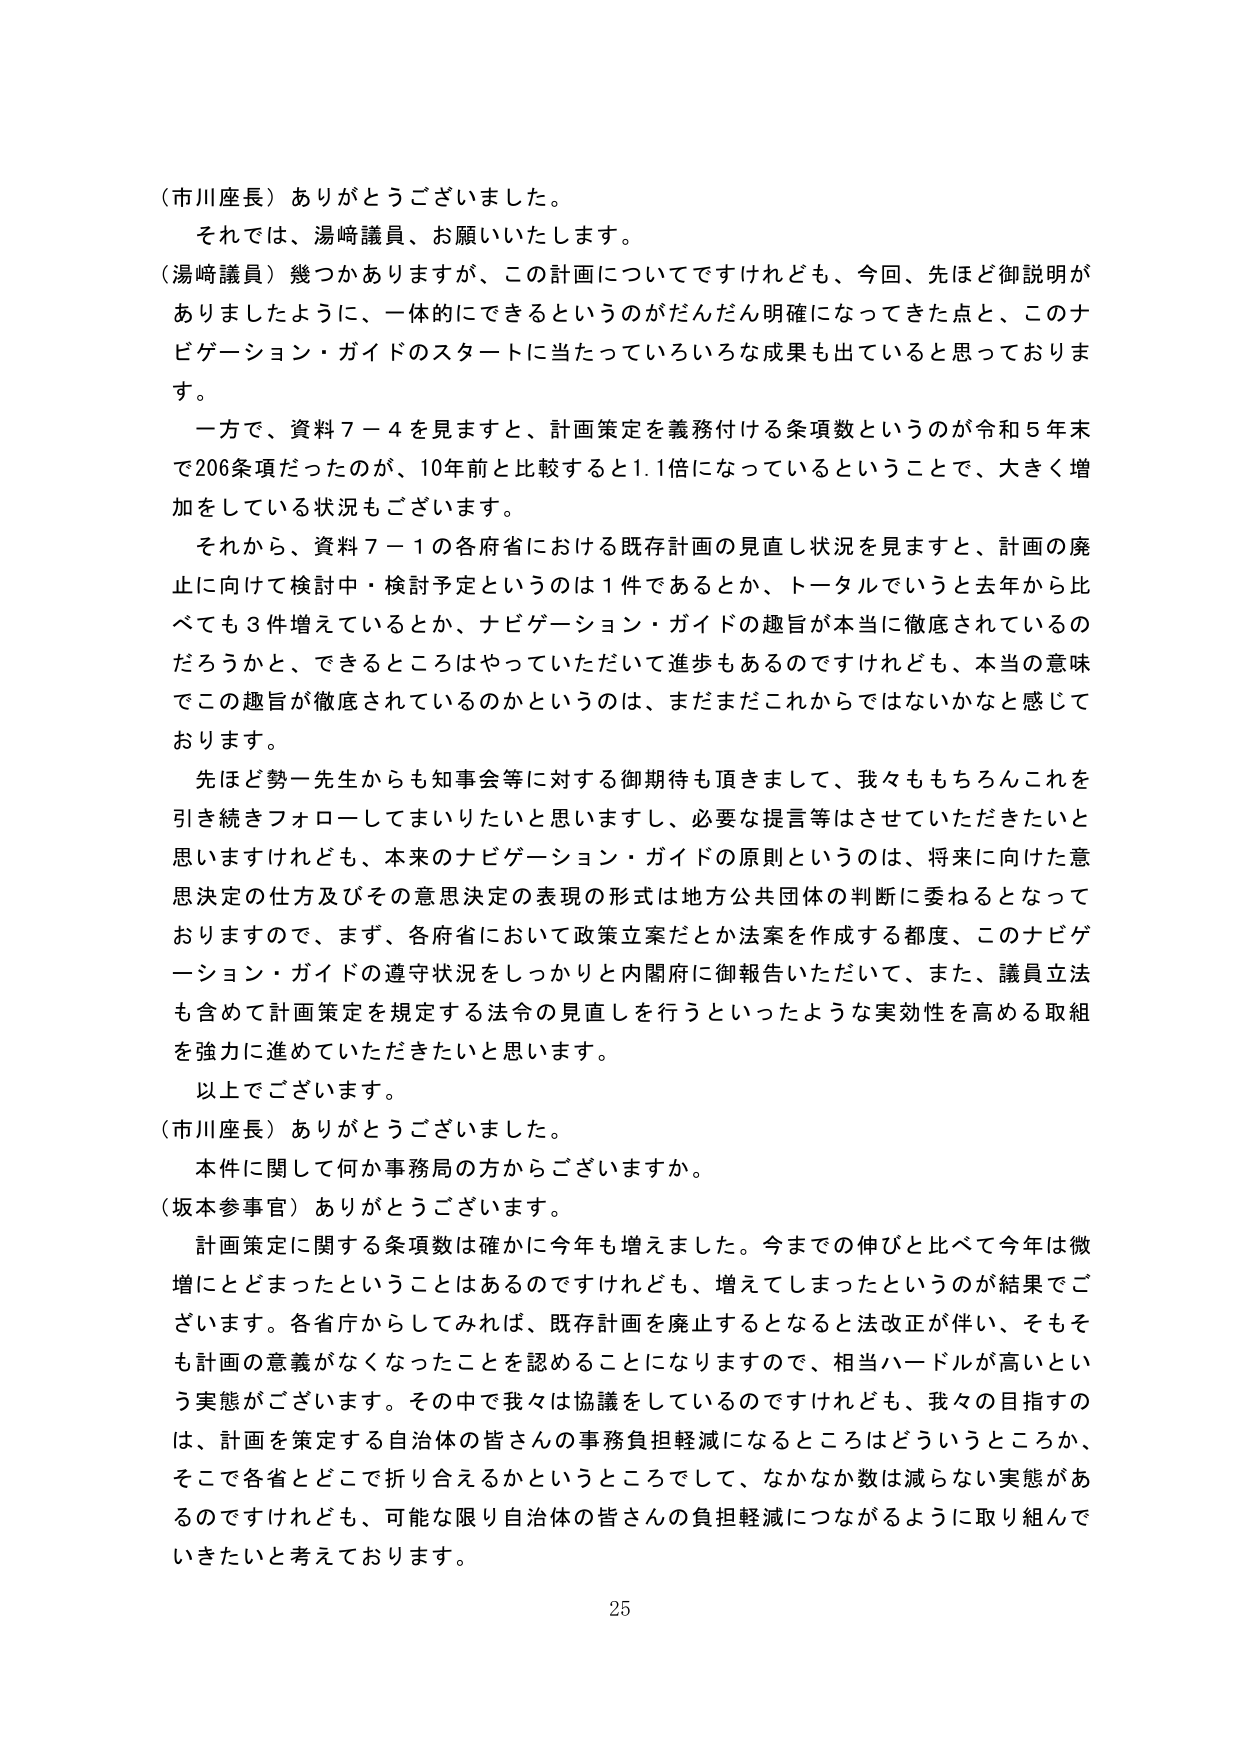
（市川座長）ありがとうございました。

それでは、湯崎議員、お願いいたします。

（湯崎議員）幾つかありますが、この計画についてですけれども、今回、先ほど御説明がありましたように、一体的にできるというのがだんだん明確になってきた点と、このナビゲーション・ガイドのスタートに当たっていろいろな成果も出ていると思っております。

一方で、資料７－４を見ますと、計画策定を義務付ける条項数というのが令和５年末で206条項だったのが、10年前と比較すると1.1倍になっているということで、大きく増加をしている状況もございます。

それから、資料７－１の各府省における既存計画の見直し状況を見ますと、計画の廃止に向けて検討中・検討予定というのは１件であるとか、トータルでいうと去年から比べても３件増えているとか、ナビゲーション・ガイドの趣旨が本当に徹底されているのだろうかと、できるところはやっていただいて進歩もあるのですけれども、本当の意味でこの趣旨が徹底されているのかというのは、まだまだこれからではないかなと感じております。

先ほど勢一先生からも知事会等に対する御期待も頂きまして、我々ももちろんこれを引き続きフォローしてまいりたいと思いますし、必要な提言等はさせていただきたいと思いますけれども、本来のナビゲーション・ガイドの原則というのは、将来に向けた意思決定の仕方及びその意思決定の表現の形式は地方公共団体の判断に委ねるとなっておりますので、まず、各府省において政策立案だとか法案を作成する都度、このナビゲーション・ガイドの遵守状況をしっかりとい内閣府に御報告いただいて、また、議員立法も含めて計画策定を規定する法令の見直しを行うといったような実効性を高める取組を強力に進めていただきたいと思います。

以上でございます。

（市川座長）ありがとうございました。

本件に関して何か事務局の方からございますか。

（坂本参事官）ありがとうございます。

計画策定に関する条項数は確かに今年も増えました。今までの伸びと比べて今年は微増にとどまったということはあるのですけれども、増えてしまったというのが結果でございます。各省庁からしてみれば、既存計画を廃止するとなると法改正が伴い、そもそも計画の意義がなくなったことを認めることになりますので、相当ハードルが高いという実態がございます。その中で我々は協議をしているのですけれども、我々の目指すのは、計画を策定する自治体の皆さんの事務負担軽減になるところはどういうところか、そこで各省とどこで折り合えるかというところでして、なかなか数は減らない実態があるのですけれども、可能な限り自治体の皆さんの負担軽減につながるように取り組んでいきたいと考えております。

25